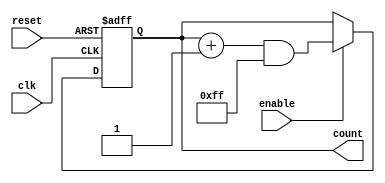
module Parameterized_Counter #(
    parameter WIDTH = 8,            // Bit-width of the counter
    parameter STEP_SIZE = 1         // Step size for counting
)(
    input wire clk,                 // Clock signal
    input wire reset,               // Asynchronous reset signal
    input wire enable,              // Enable signal
    output reg [WIDTH-1:0] count    // Counter output
);

    // Maximum count value
    localparam MAX_COUNT = (1 << WIDTH) - 1;

    always @(posedge clk or posedge reset) begin
        if (reset) begin
            count <= 0;              // Reset the counter to zero
        end else if (enable) begin
            // Increment the counter with wrap-around
            count <= (count + STEP_SIZE) & MAX_COUNT; 
        end
        // If enable is low, retain the current count value
    end

endmodule